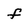
Character: f